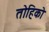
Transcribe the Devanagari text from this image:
तोहिको